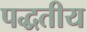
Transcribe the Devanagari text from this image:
पद्धतीय